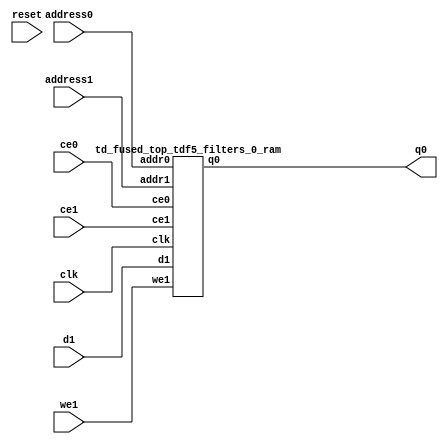
`define EXPONENT 5
`define MANTISSA 10
`define ACTUAL_MANTISSA 11
`define EXPONENT_LSB 10
`define EXPONENT_MSB 14
`define MANTISSA_LSB 0
`define MANTISSA_MSB 9
`define MANTISSA_MUL_SPLIT_LSB 3
`define MANTISSA_MUL_SPLIT_MSB 9
`define SIGN 1
`define SIGN_LOC 15
`define DWIDTH (`SIGN+`EXPONENT+`MANTISSA)
`define IEEE_COMPLIANCE 1

module td_fused_top_tdf5_filters_0(
    reset,
    clk,
    address0,
    ce0,
    q0,
    address1,
    ce1,
    we1,
    d1);

parameter DataWidth = 32'd32;
parameter AddressRange = 32'd2304;
parameter AddressWidth = 32'd12;
input reset;
input clk;
input[AddressWidth - 1:0] address0;
input ce0;
output[DataWidth - 1:0] q0;
input[AddressWidth - 1:0] address1;
input ce1;
input we1;
input[DataWidth - 1:0] d1;



td_fused_top_tdf5_filters_0_ram td_fused_top_tdf5_filters_0_ram_U(
    .clk( clk ),
    .addr0( address0 ),
    .ce0( ce0 ),
    .q0( q0 ),
    .addr1( address1 ),
    .ce1( ce1 ),
    .we1( we1 ),
    .d1( d1 )
);

endmodule
module td_fused_top_tdf5_filters_0_ram (addr0, ce0, q0, addr1, ce1, d1, we1,  clk);

parameter DWIDTH = 32;
parameter AWIDTH = 12;
parameter MEM_SIZE = 2304;

input[AWIDTH-1:0] addr0;
input ce0;
output reg[DWIDTH-1:0] q0;
input[AWIDTH-1:0] addr1;
input ce1;
input[DWIDTH-1:0] d1;
input we1;
input clk;

 reg [DWIDTH-1:0] ram[MEM_SIZE-1:0];




always @(posedge clk)  
begin 
    if (ce0) begin
        q0 <= ram[addr0];
    end
end


always @(posedge clk)  
begin 
    if (ce1) begin
        if (we1) 
            ram[addr1] <= d1; 
    end
end


endmodule